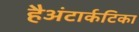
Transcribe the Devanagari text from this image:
हैअंटार्कटिका